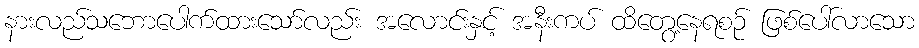
နားလည်သဘောပေါက်ထားသော်လည်း အလောင်းနှင့် အနီးကပ် ထိတွေ့နေရစဉ် ဖြစ်ပေါ်လာသော